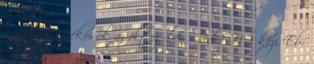
magyar játékosok az öltözőben – videó Női kézi Eb: